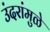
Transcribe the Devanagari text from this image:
उंदरांमुळे